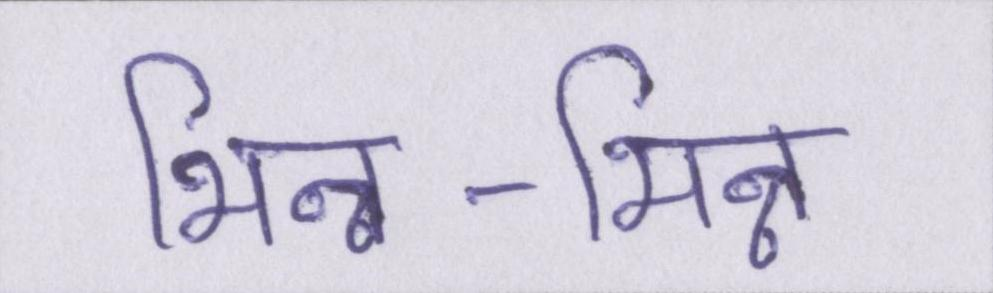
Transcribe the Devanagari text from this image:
भिन्न-भिन्न